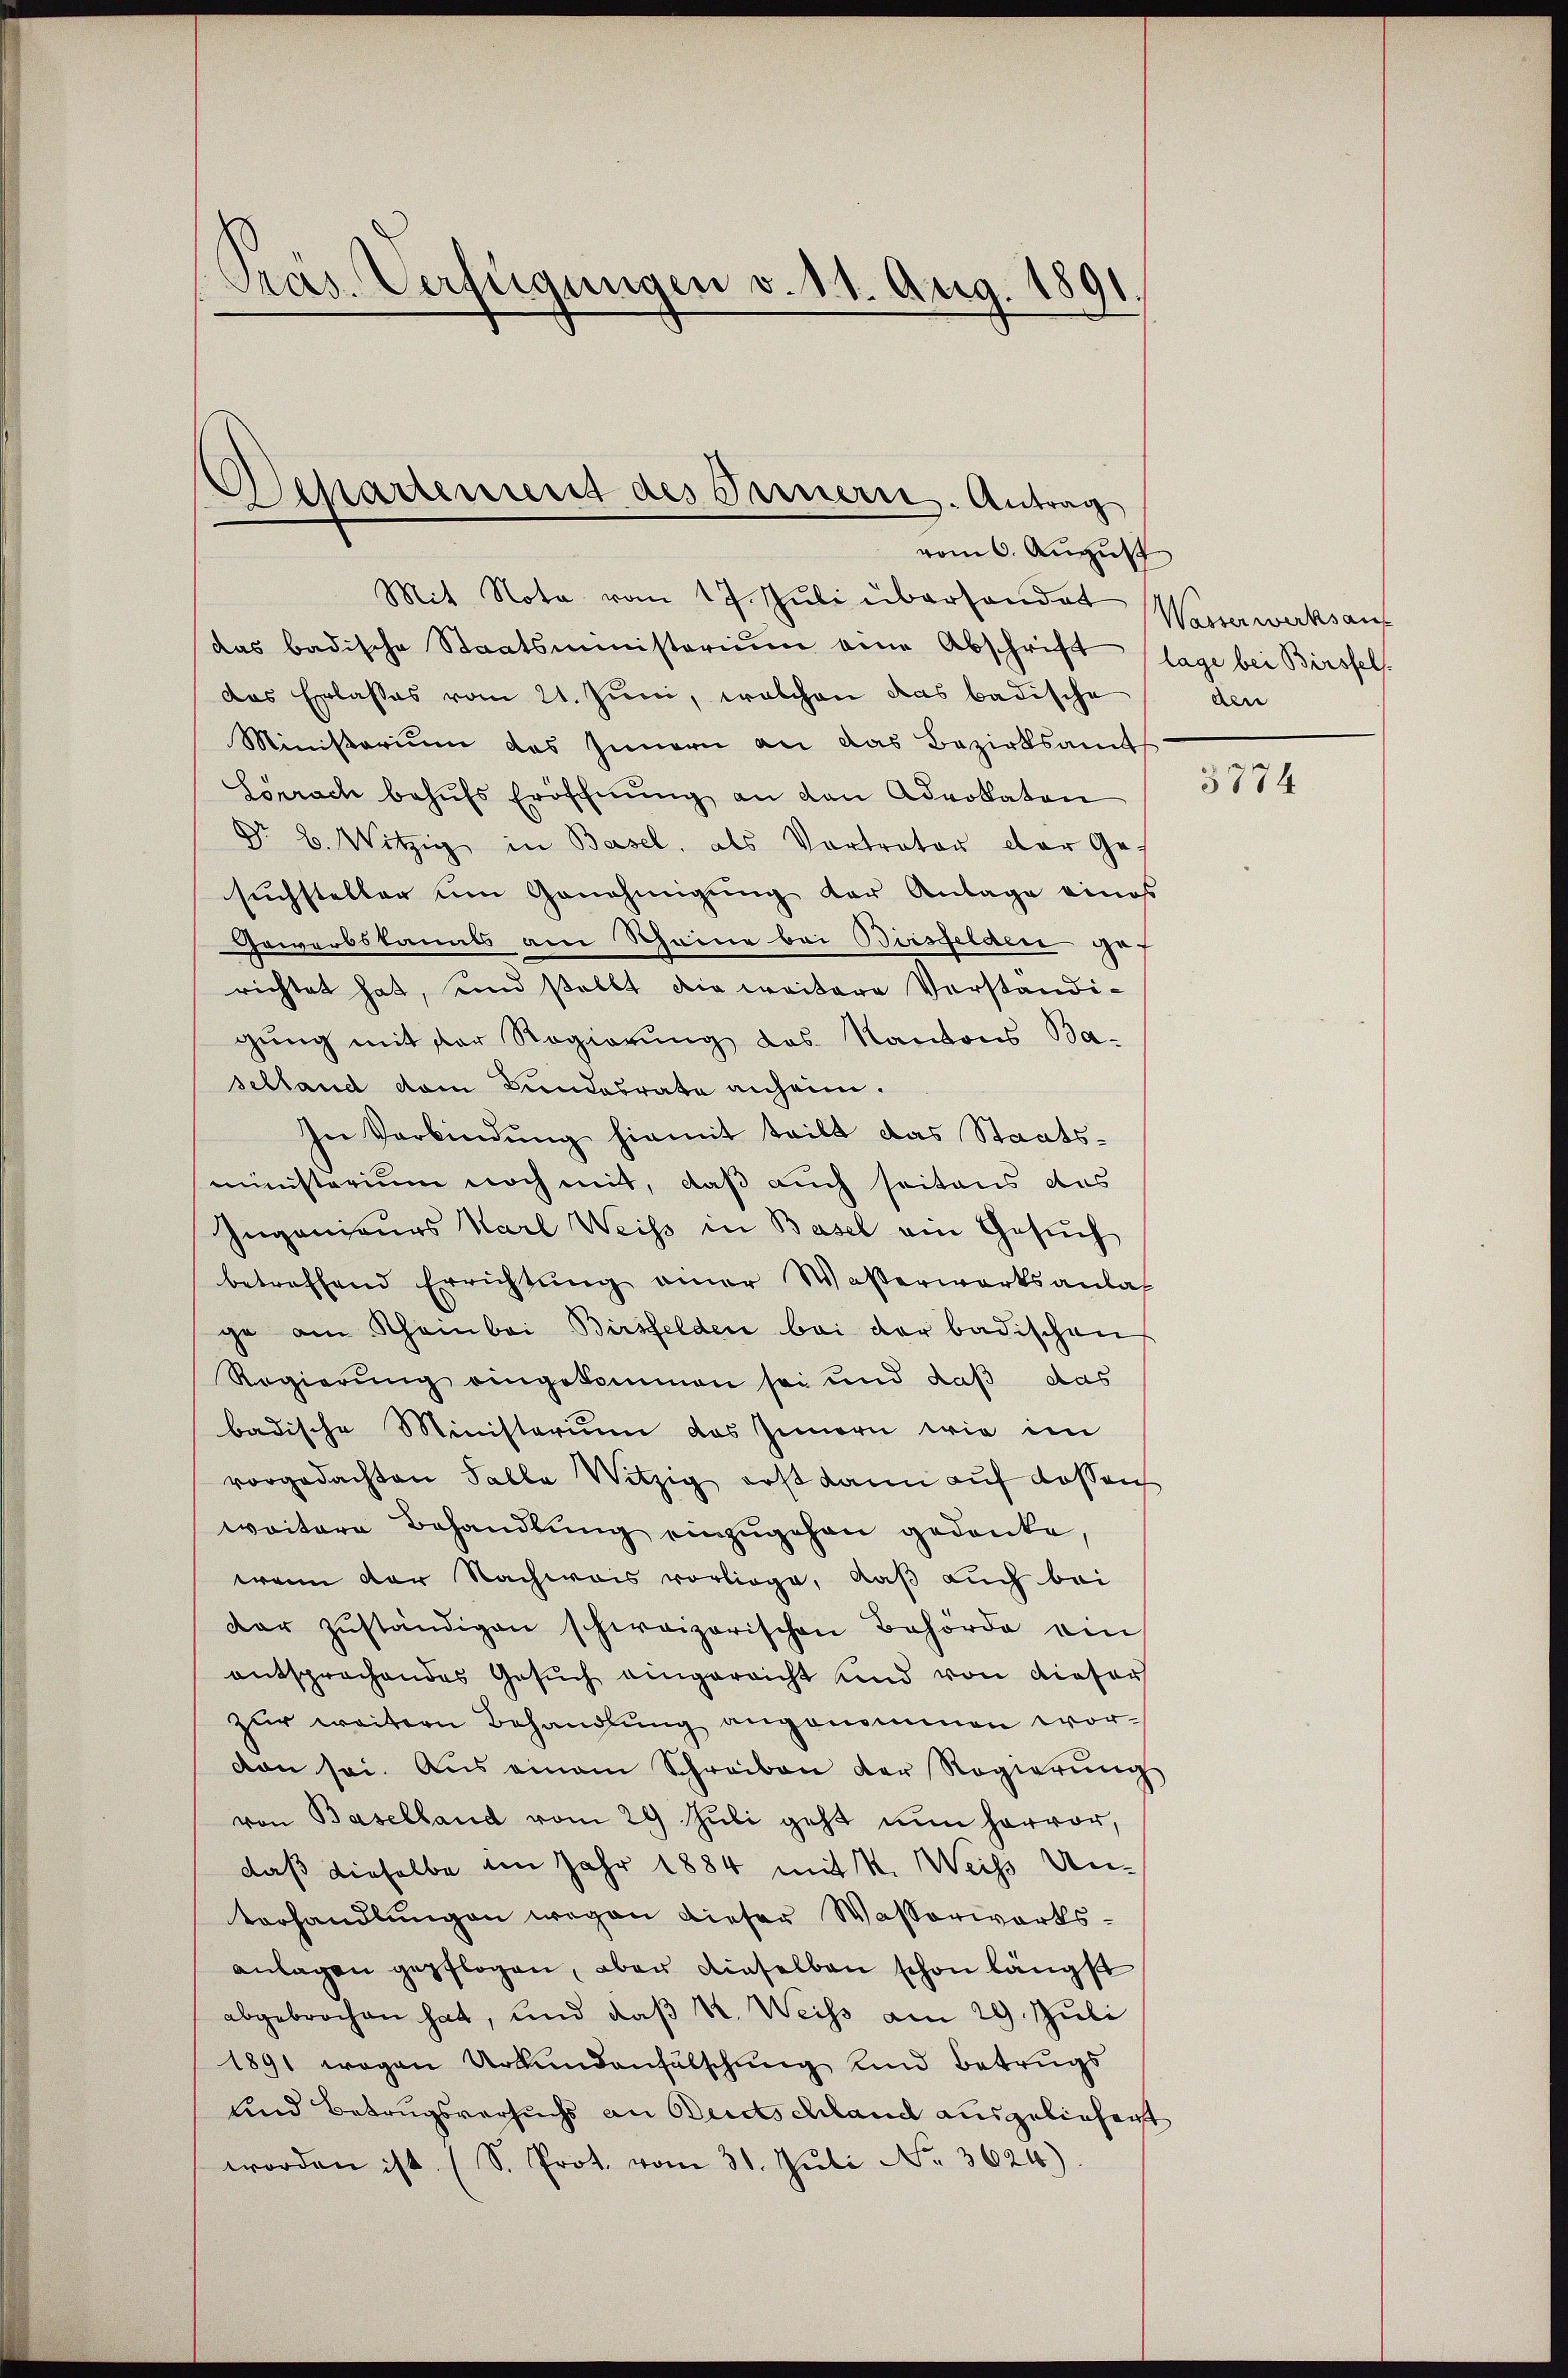
Präs. Verfügungen v. 11. Aug. 1891.

Departement des Innern. Antrag
vom 6. August

Mit Nota vom 17. Juli überhander Wasserwerksauf
das badische Staatsministerium eine Abschrift lage bei Birsfels.
das Erlasses vom 21. Juni, welchen das badische
Ministerium des Innern an das Bezirksamt
Lörrach behŭfs Eröschnŭng an den Advokaten
Nr. 2. Witzig in Basel, als Vortrator der Ge
suchsteller um Genehmigung der Anlage eines
Gewerbskanats am Scheine bei Birsfelden gef
richtet hat, und stellt die weitere Verständi-
gŭng mit der Regierung des Kantons Ba-
selland dem Bundesrate anheim.
In Verbindung hiemit teilt das Staatsministerium noch mit, daß auch seitaus das
Ingenieurs Karl Weiss in Basel am Gesuch
betreffend Errichtŭng einer Waßerwerksanlas
ge am Rheinbei Birsfelden bei der badischen
Regierung eingekommen sei und daß das
badische Ministerium des Innern wie im
vorgedachten Falle Witzig erst dann auf dassen
weitere Behandlŭng einzŭgehen gedanke,
wenn der Nachweis vorliege, daß auch bei
dar zŭständigen schweizerischen Behörde ein
entsprochendes Gesŭch eingereicht Kind von dieser
zur weitern Behandlung angenommen wordan sei. Aus einem Schreiben der Regierŭng
von Baselland vom 29 Juli geht nun hervor,
daß dieselbe im Jahr 1884 mit K. Weiss Unterhandlungen wegen dieser Wasserwerksanlagen gepflogen, aber dieselben schon längst
abgebrochen hat, und daβ Kt. Weiss am 29. Juli
1891 wegen Urkundenfalschung und Betrugs
und Betrugsversuchs an Budschland ausgeliehent
worden ist. (S. Prot. vom 31. Juli No. 3624)

den

3774